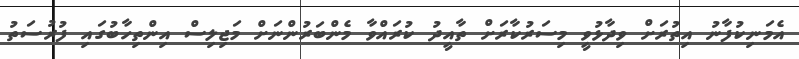
އެމަނިކުފާނު އިތުރަށް ވިދާޅުވީ މިސަރުކާރަށް ތާއީދު ކުރައްވާ މެންބަރުންނަށް މަޖިލިސް އިންތިހާބުގައި ފުރުސަތު